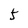
Character: 5